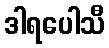
ဒါရပေါသီ